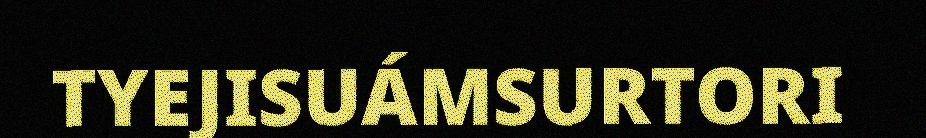
TYEJISUÁMSURTORI